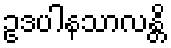
ဥဒပါနသာလန္တိ